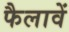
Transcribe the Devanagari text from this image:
फैलावें